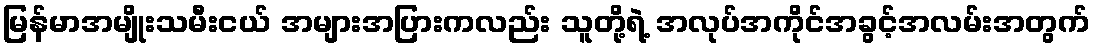
မြန်မာအမျိုးသမီးငယ် အများအပြားကလည်း သူတို့ရဲ့ အလုပ်အကိုင်အခွင့်အလမ်းအတွက်